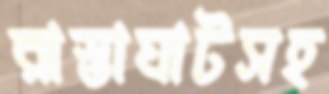
রাস্তাঘাটসহ